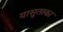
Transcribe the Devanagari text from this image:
यासुताका